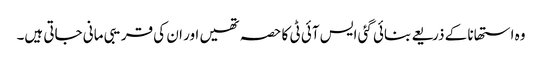
وہ استھانا کے ذریعے بنائی گئی ایس آئی ٹی کا حصہ تھیں اور ان کی قریبی مانی جاتی ہیں۔